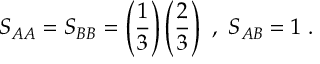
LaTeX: S _ { A A } = S _ { B B } = \left( \frac { 1 } { 3 } \right) \left( \frac { 2 } { 3 } \right) \ , \ S _ { A B } = 1 \ .